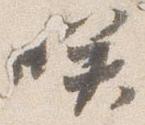
咲